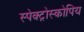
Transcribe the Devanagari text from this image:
स्पेक्ट्रोस्कोपिय